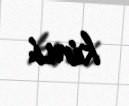
kimi.